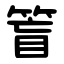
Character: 䈍